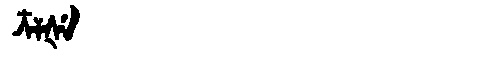
Manchu: ᠴᠶᡧᡝ
Romanization: CYŠE